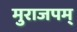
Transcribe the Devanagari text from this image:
मुराजपम्